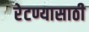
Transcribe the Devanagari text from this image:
रेटण्यासाठी